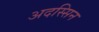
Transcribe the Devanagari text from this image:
अदस्सिन